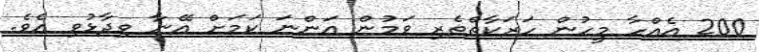
200 އެއްހާ މީހުން ހަރަކާތްތެރި ވަމުން އަންނަ ކަމަށް އޭނާ ވިދާޅުވި އެވެ.